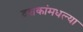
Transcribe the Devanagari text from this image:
दशकांमधल्या